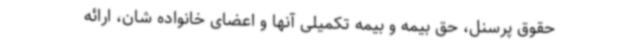
حقوق پرسنل، حق بیمه و بیمه تکمیلی آنها و اعضای خانواده شان، ارائه